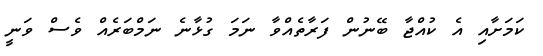
ކަމަށާއި އެ ކުއްޖާ ބޭނުން ފަރާތެއްވާ ނަމަ ގުޅާނެ ނަމްބަރެއް ވެސް ވަނީ